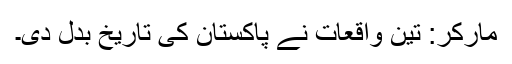
مارکر: تین واقعات نے پاکستان کی تاریخ بدل دی۔